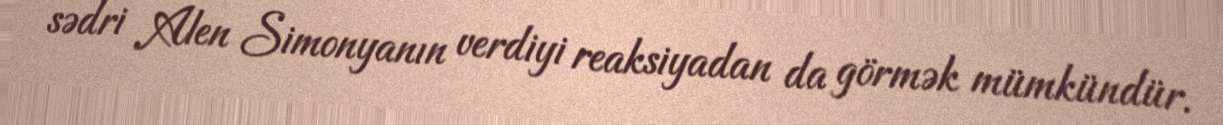
sədri Alen Simonyanın verdiyi reaksiyadan da görmək mümkündür.